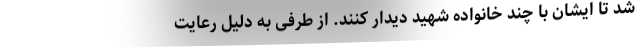
شد تا ایشان با چند خانواده شهید دیدار کنند. از طرفی به دلیل رعایت